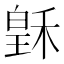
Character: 𥠟